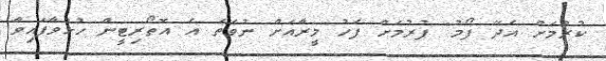
ކުރުމަށް އެދޭ ފޯމު" ފުރުމަށް ފަހު މީރާއަށް ނުވަތަ އެ އޮތޯރިޓީން ހުޅުވާފައިވާ